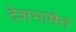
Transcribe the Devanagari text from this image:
देशभाषेत